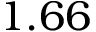
1 . 6 6